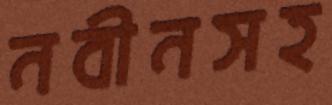
নবীনসহ